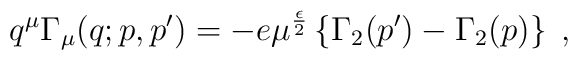
q^{\mu} \Gamma_{\mu} (q;p,p^\prime) =-e \mu^{\frac{\epsilon}{2}}    \left\{ \Gamma_2(p^\prime) -\Gamma_2 (p) \right\}\;,